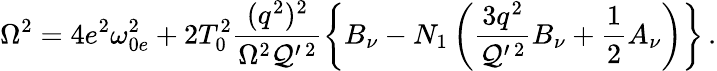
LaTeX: \Omega^{2}=4e^{2}\omega_{0e}^{2}+2T_{0}^{2}\frac{(q^{2})^{2}}{\Omega^{2}{\cal Q}^{\prime\, 2}}\left\{ B_{\nu}-N_{1}\left(\frac{3q^{2}}{{\cal Q}^{\prime\, 2}}B_{\nu}+\frac{1}{2}A_{\nu}\right)\right\} \, .